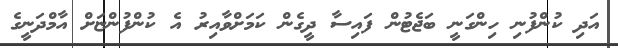
އަދި ކުންފުނި ހިންގަނީ ބަޖެޓުން ފައިސާ ދީގެން ކަމަށްވާއިރު އެ ކުންފުންޏަށް އާމްދަނީގެ